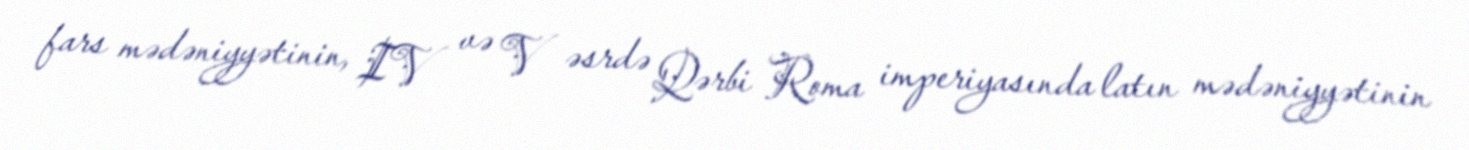
fars mədəniyyətinin, IV və V əsrdə Qərbi Roma imperiyasında latın mədəniyyətinin